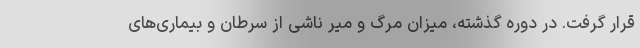
قرار گرفت. در دوره گذشته، میزان مرگ و میر ناشی از سرطان و بیماری‌های